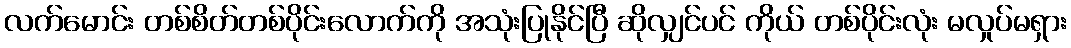
လက်မောင်း တစ်စိတ်တစ်ပိုင်းလောက်ကို အသုံးပြုနိုင်ပြီ ဆိုလျှင်ပင် ကိုယ် တစ်ပိုင်းလုံး မလှုပ်မရှား